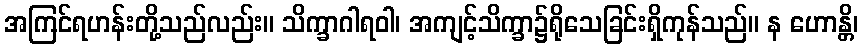
အကြင်ရဟန်းတို့သည်လည်း။ သိက္ခာဂါရဝါ၊ အကျင့်သိက္ခာ၌ရိုသေခြင်းရှိကုန်သည်။ န ဟောန္တိ၊